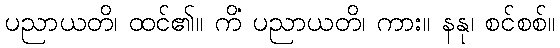
ပညာယတိ၊ ထင်၏။ ကိံ ပညာယတိ၊ ကား။ နနု၊ စင်စစ်။